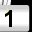
Digit: 1